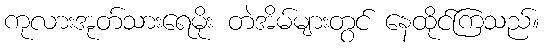
ကုလားအုတ်သားရေမိုး တဲအိမ်များတွင် နေထိုင်ကြသည်။